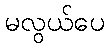
မလွယ်ပေ